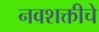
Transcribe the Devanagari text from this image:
नवशक्तीचे